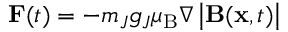
{ \bf F } ( t ) = - m _ { J } g _ { J } \mu _ { \mathrm { B } } \nabla \left| { \bf B } ( { \bf x } , t ) \right|